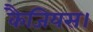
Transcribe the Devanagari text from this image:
कैजियस।